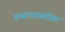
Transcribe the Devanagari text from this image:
अध्यापनाबरोबर